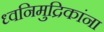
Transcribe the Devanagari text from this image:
ध्वनिमुद्रिकांना